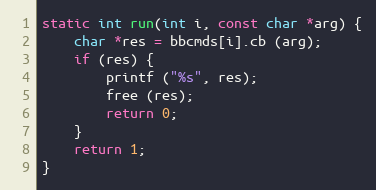
Language: C
static int run(int i, const char *arg) {
	char *res = bbcmds[i].cb (arg);
	if (res) {
		printf ("%s", res);
		free (res);
		return 0;
	}
	return 1;
}